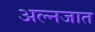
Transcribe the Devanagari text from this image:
अल्नजात